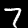
Label: 7